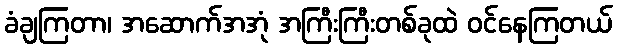
ခံချကြတာ၊ အဆောက်အအုံ အကြီးကြီးတစ်ခုထဲ ဝင်နေကြတယ်